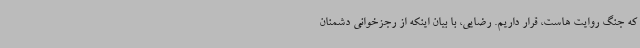
که جنگ روایت هاست، قرار داریم. رضایی، با بیان اینکه از رجزخوانی دشمنان